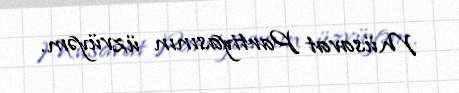
Müsavat Partiyasının üzvüyəm.